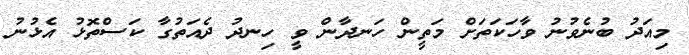
މިއަދު ބުނެވުނު ވާހަކަތަށް މަތީން ހަނދާން ވީ ހިނދު ދެއަތުގާ ކަސްތޮޅު އެޅުނު